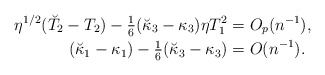
\begin{align*}\eta^{1/2}(\breve T_2-T_2)-{\textstyle{1\over 6}}(\breve \kappa_3-\kappa_3)\eta T_1^2&=O_p(n^{-1}),\\(\breve \kappa_1-\kappa_1)-{\textstyle{1\over 6}}(\breve \kappa_3-\kappa_3)&=O(n^{-1}).\end{align*}